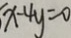
x - 4 y = 0